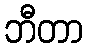
ဘီတာ